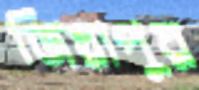
জিয়াপুর